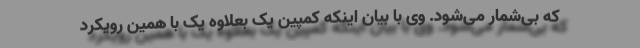
که بی‌شمار می‌شود. وی با بیان اینکه کمپین یک بعلاوه یک با همین رویکرد